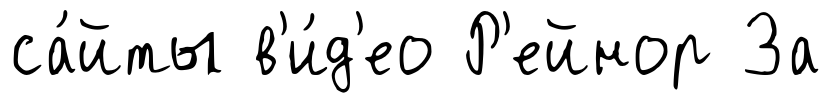
са́йты в'и́д'ео Р'ейнор За